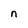
Character: n